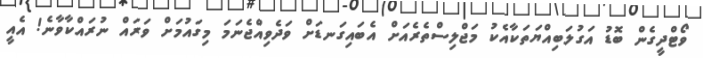
ވޯޓްދީގެން ބޮޑު އަގުލަބިއްޔަތަކާއެކު މަޖްލިސްތެރެއަށް އެބައިގަނޑަށް ވަދެވިއްޖެނަމަ މިގައުމަށް ވަރައް ނުރައްކާވާނެ! އެއީ